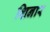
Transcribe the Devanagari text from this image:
शिनार